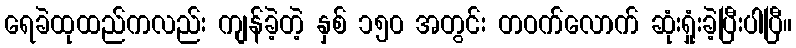
ရေခဲထုထည်ကလည်း ကျန်ခဲ့တဲ့ နှစ် ၁၅၀ အတွင်း တဝက်လောက် ဆုံးရှုံးခဲ့ပြီးပါပြီ။